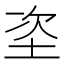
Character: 垐